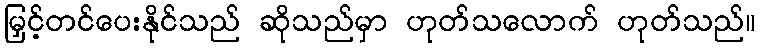
မြှင့်တင်ပေးနိုင်သည် ဆိုသည်မှာ ဟုတ်သလောက် ဟုတ်သည်။